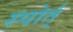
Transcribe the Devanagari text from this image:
स्पोर्त्